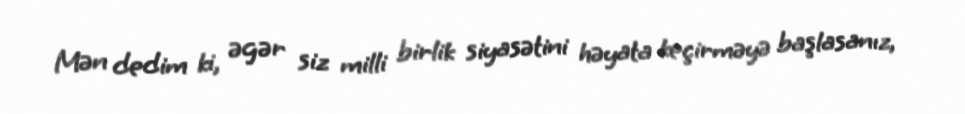
Mən dedim ki, əgər siz milli birlik siyasətini həyata keçirməyə başlasanız,